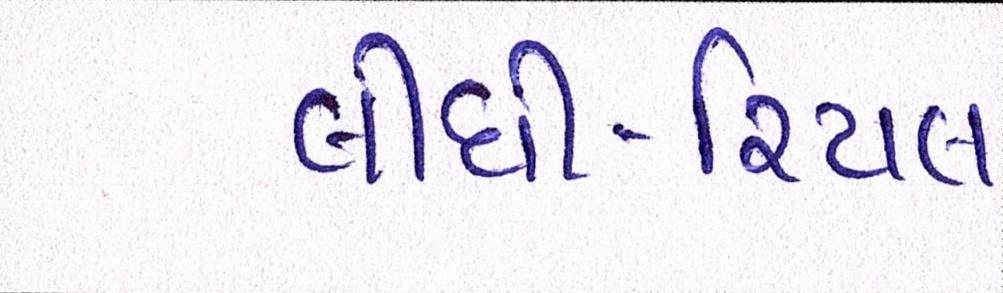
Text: લીધી-રિયલ